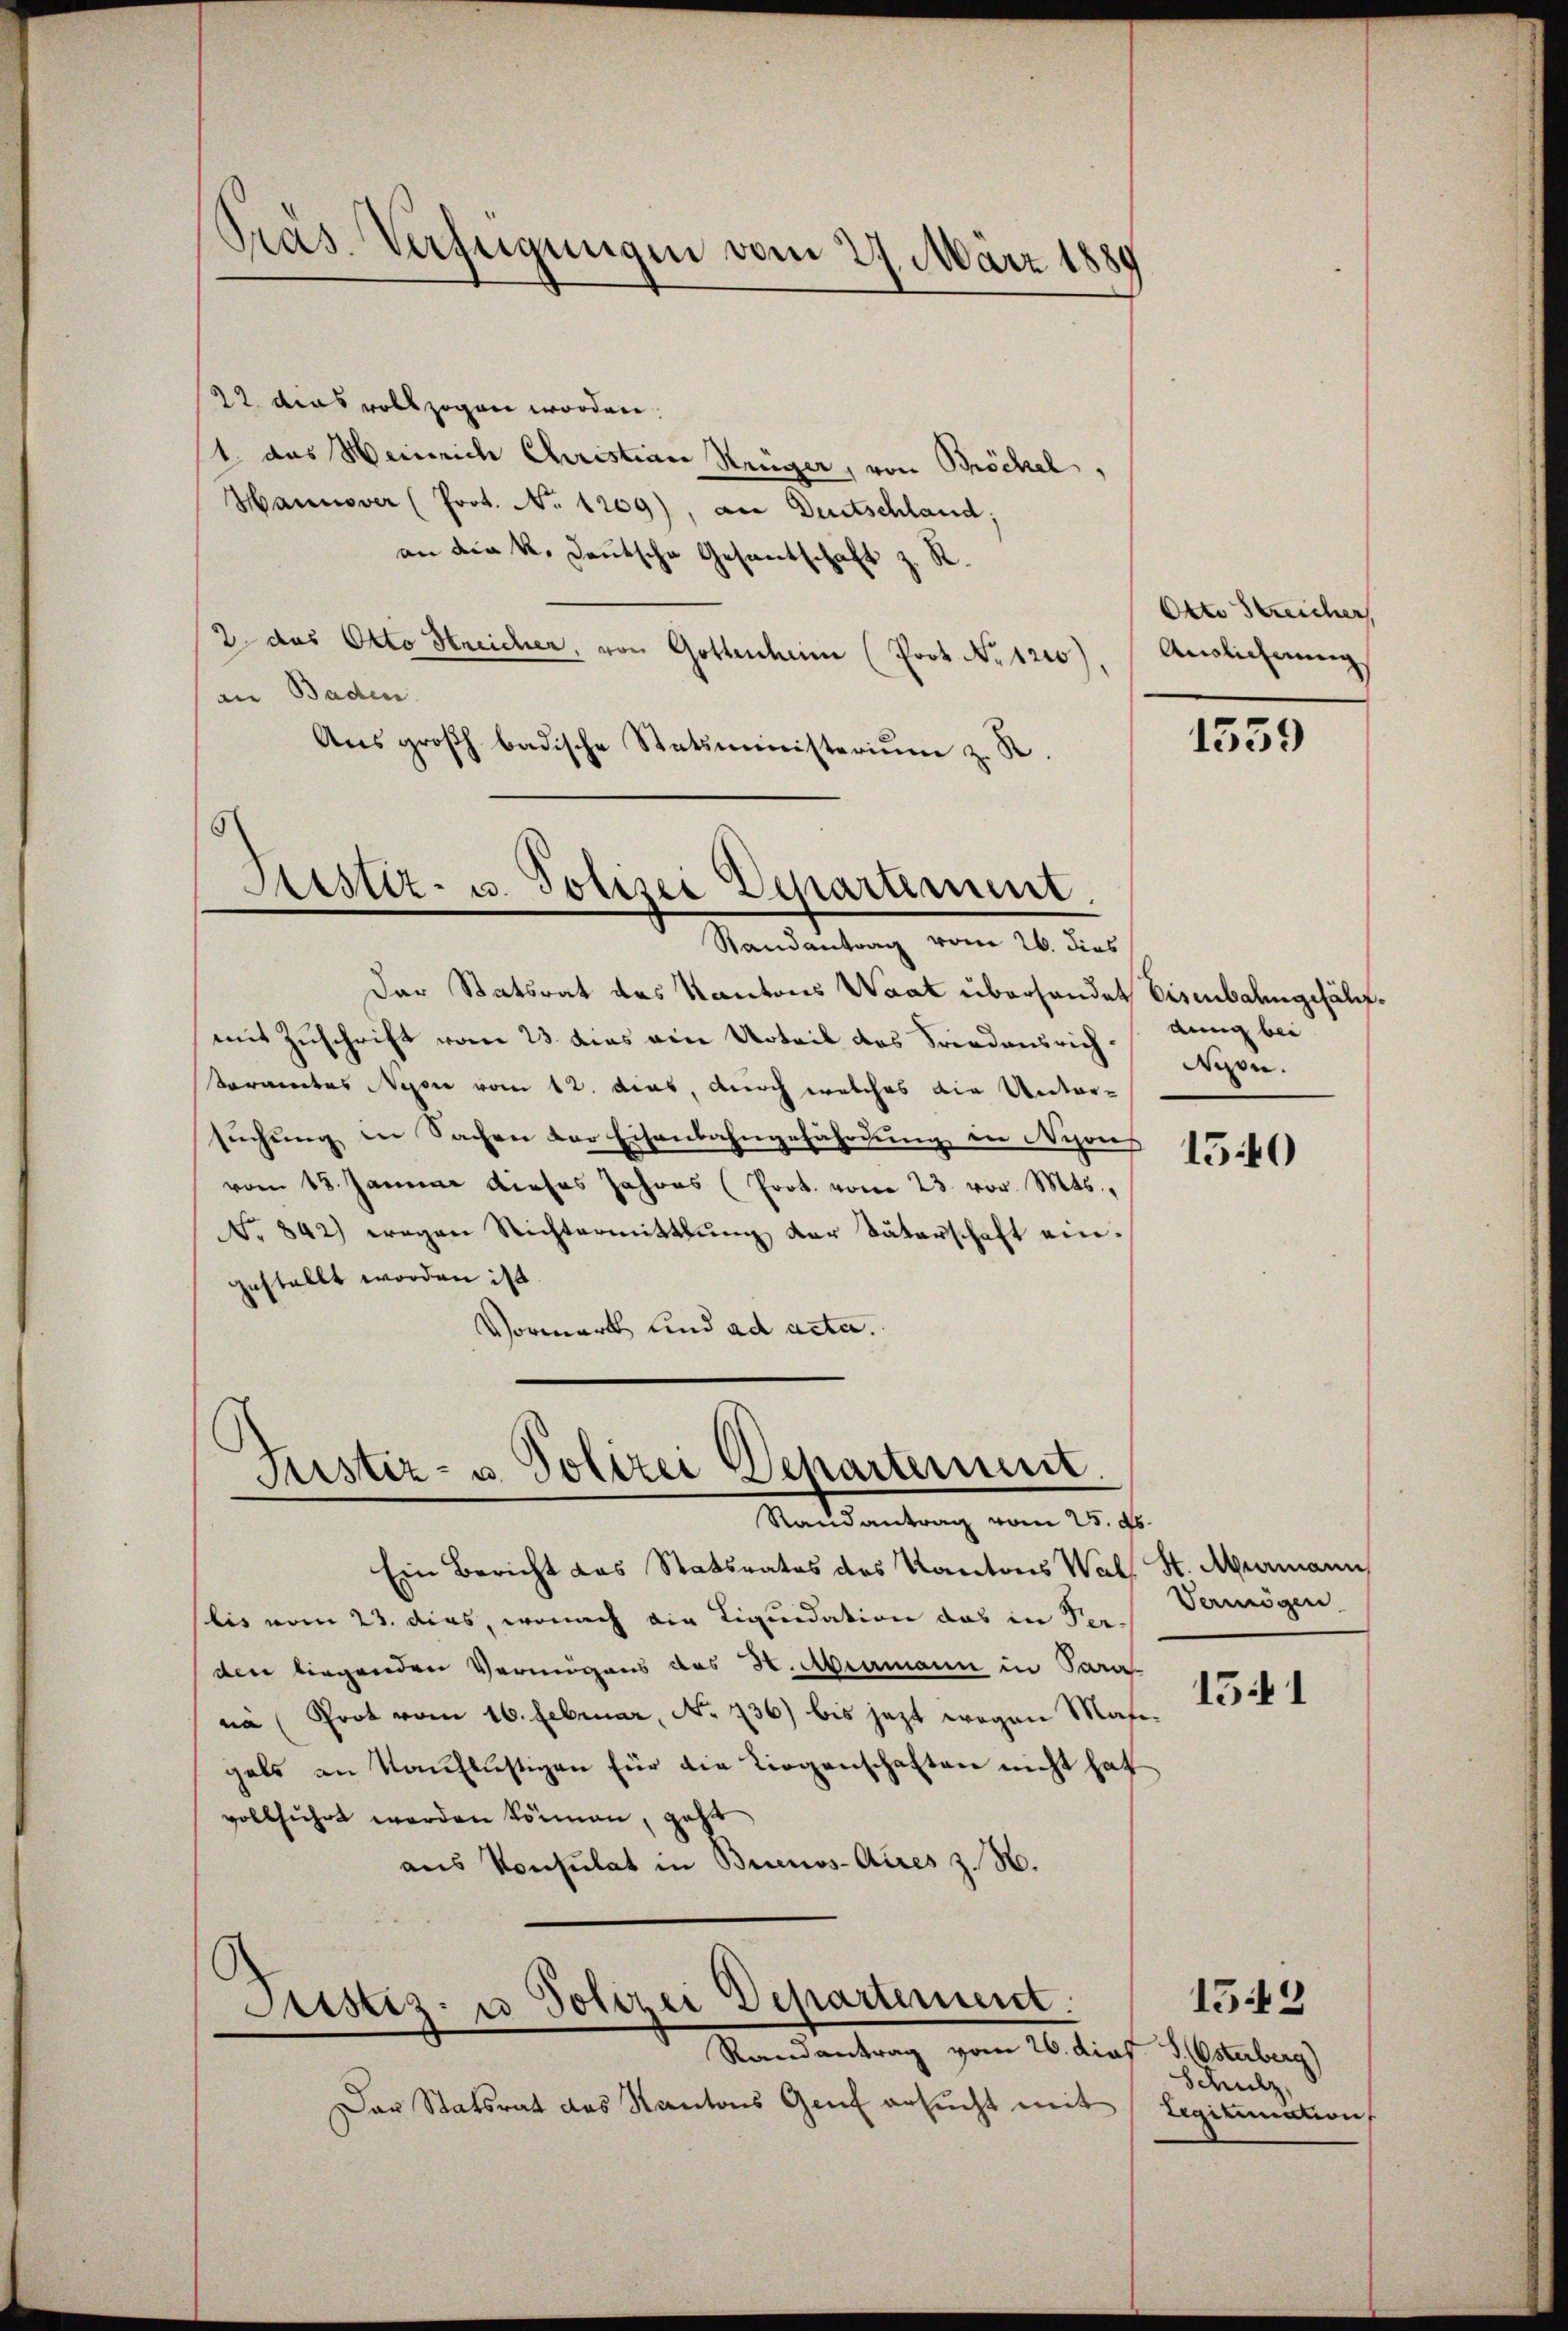
22 dies vollzogen worden.
1. das Weinrich Christian Krüger, von Bröckel,
Hannover (Prot. No 1209), an Deutschland;
an die k. Deutsche Gesantschaft z. R.
2 das Okto Streicher, von Gottenheim (Prot. No. 1220).
an Baden.
Aus großh badische Statsministerium z. R.

¬
Pras. Verfügungen vom 27. März 1889

Sistiz- u. Polizei Departement.

Randantrag vom 26. dies
Der Statsrat des Kantons Waat überhandet Eisenbahngefälmit Zuschrift vom 23. dies ein Urteil des Friedensrichkorates Nepore vom 12. dies, durch welches die Untersuchung in Sachen der Eisenbahngefährdung in Nyons
vom 18. Januar dieses Jahres (Prot. vom 23. vor. Mts.,
No 842) wegen Richtermittlung der Vaterschaft eingestellt worden ist.
Vormark und ad acta.

Justiz- u. Polizei Departement
Randantrag vom 25. ds.

Ein Bericht das Statsrates des Kantons Wal. St. Abermann
lis vom 23. dies, wonach die Liquidation das in Perden liegenden Vermögens des H. Abermann in Para
na (Prot vom 16. Februar, No 736) bis jezt wegen Mas
gals an Kauflistigen für die Liegenschaften nicht hat
vollführt werden können, geht
aus Konsulat in Buenos-Aues z. B.
Justiz- u Polizei Departement.
Standentrag vom 16. die f. 1. Maulberg)
Der Statsrat des Kantons Genf ersucht mit

Otto Streicher
Auslieferung

1539

dung bei
Nyon.

1540

Vermögen
1541

153
Schulz,
Legitimation